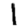
Digit: 1